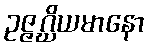
ဥဇ္ဇဂ္ဃိယမာနော